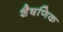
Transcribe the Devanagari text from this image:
शैषणिक